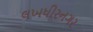
લખધીરનગર